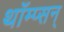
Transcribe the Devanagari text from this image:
थाँम्प्सन्